Document type: Grant
Year: 1445
Scribe: Antoni Gomar
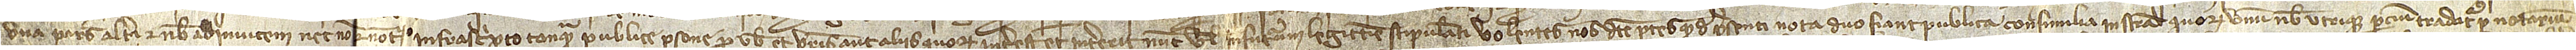
una pars alteri et nobis adinvicem necnon notario infrascipto tanquam publice persone pro vobis et vestris aut aliis quorum interest et intererit nunc vel infuturum legittime stipulanti, volentes nos dicte partes quod de presenti nota duo fiant publica consimilia instrumenta, quorum unum nobis utrique parcium tradatur per notarium